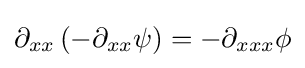
\partial _{xx}\left(-\partial _{xx}\psi \right)=-\partial _{xxx}\phi